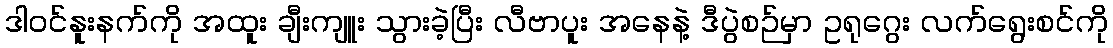
ဒါ၀င်နူးနက်ကို အထူး ချီးကျူး သွားခဲ့ပြီး လီဗာပူး အနေနဲ့ ဒီပွဲစဉ်မှာ ဥရုဂွေး လက်ရွေးစင်ကို